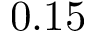
0 . 1 5